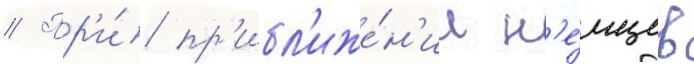
// Пр'и́ пр'ибл'иже́н'ии н'е́мцев